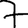
Digit: 7